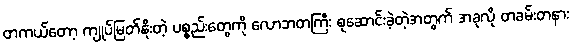
တကယ်တော့ ကျုပ်မြတ်နိုးတဲ့ ပစ္စည်းတွေကို လောဘတကြီး စုဆောင်းခဲ့တဲ့အတွက် အခုလို တခမ်းတနား